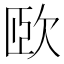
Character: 𣢮